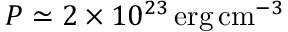
P \simeq 2 \times 1 0 ^ { 2 3 } \, \mathrm { e r g } \, \mathrm { c m } ^ { - 3 }